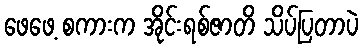
ဖေဖေ့ စကားက အိုင်းရစ်ဇာတိ သိပ်ပြတာပဲ